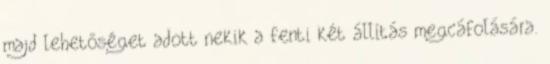
majd lehetőséget adott nekik a fenti két állítás megcáfolására.